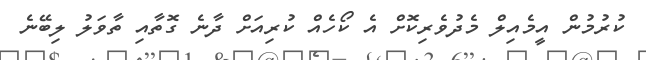
ކުރުމުން އީމެއިލް މެދުވެރިކޮށް އެ ކޯހެއް ކުރިއަށް ދާނެ ގޮތާއި ތާވަލު ލިބޭނެ